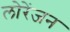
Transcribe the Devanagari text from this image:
लोरेंजन